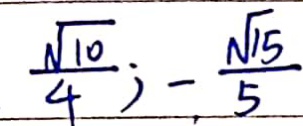
\frac { \sqrt { 1 0 } } { 4 } ; - \frac { \sqrt { 1 5 } } { 5 }